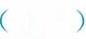
（ ）